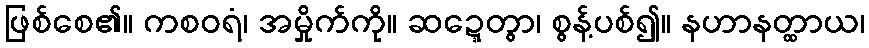
ဖြစ်စေ၏။ ကစဝရံ၊ အမှိုက်ကို။ ဆဍ္ဍေတွာ၊ စွန့်ပစ်၍။ နဟာနတ္ထာယ၊